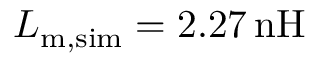
L _ { \mathrm { m , s i m } } = 2 . 2 7 \, \mathrm { n H }